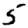
Digit: 5